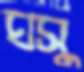
ঘসু